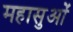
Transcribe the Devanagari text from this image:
महासुओं